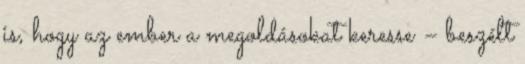
is, hogy az ember a megoldásokat keresse – beszélt